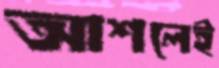
আশলেই